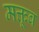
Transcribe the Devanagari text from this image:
मक्तूब